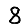
Digit: 8